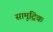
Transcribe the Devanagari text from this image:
सामूद्रिक